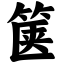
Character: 箧